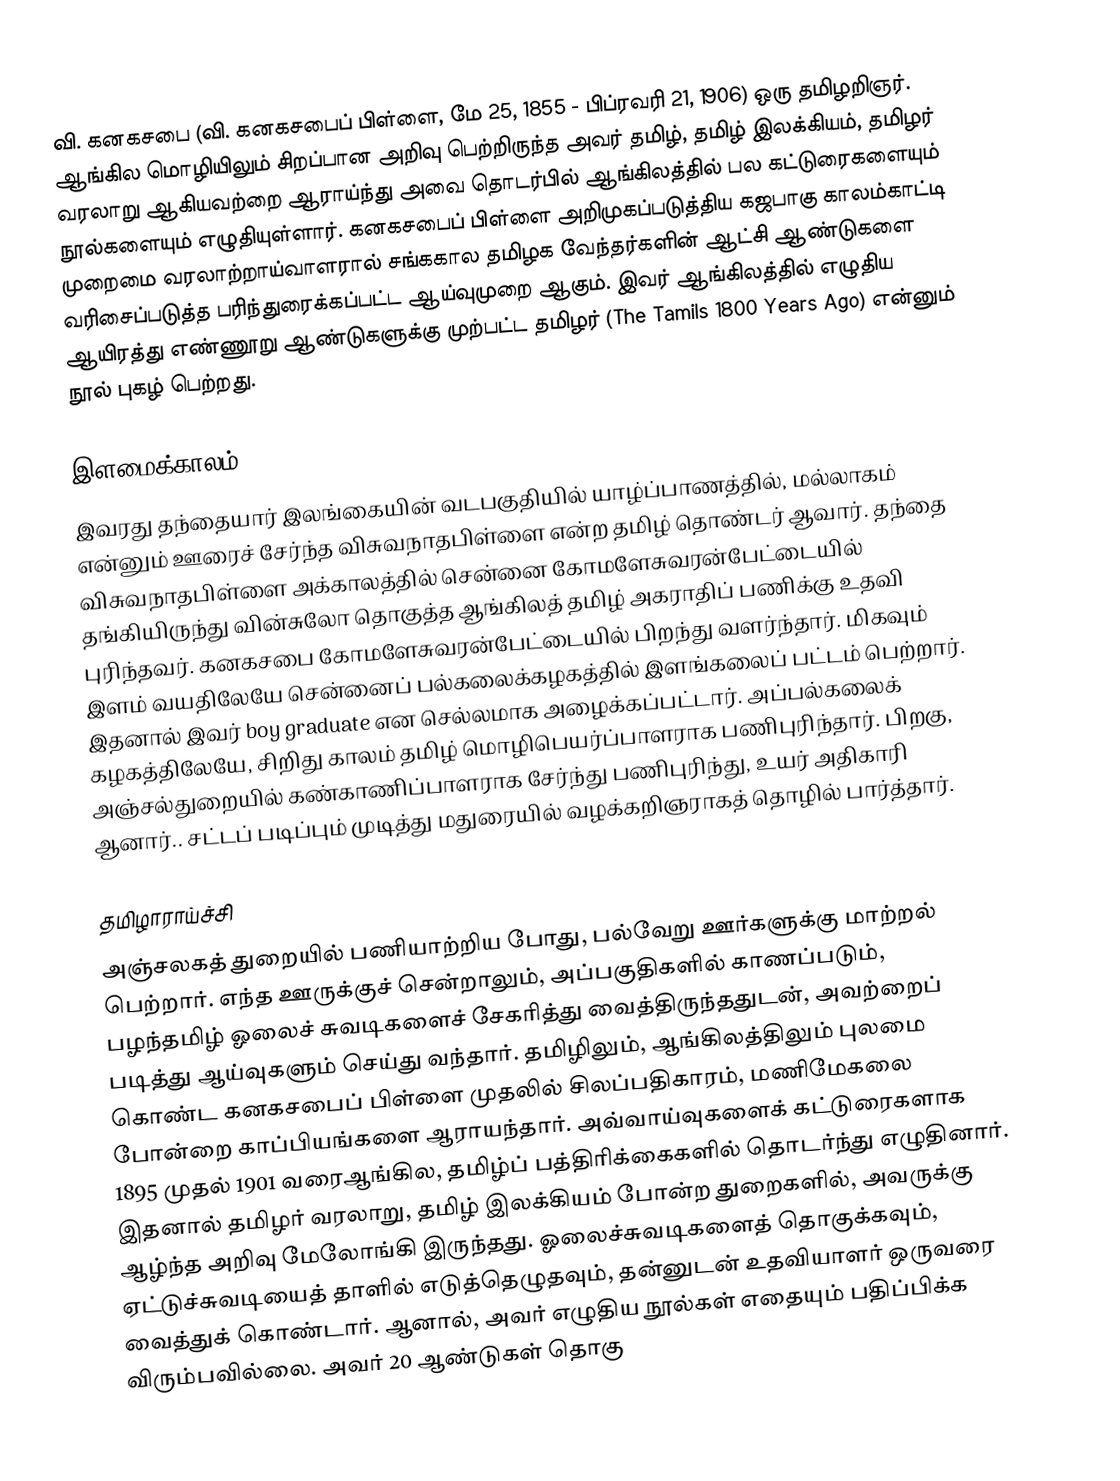
வி. கனகசபை (வி. கனகசபைப் பிள்ளை, மே 25, 1855 - பிப்ரவரி 21, 1906) ஒரு தமிழறிஞர். ஆங்கில மொழியிலும் சிறப்பான அறிவு பெற்றிருந்த அவர் தமிழ், தமிழ் இலக்கியம், தமிழர் வரலாறு ஆகியவற்றை ஆராய்ந்து அவை தொடர்பில் ஆங்கிலத்தில் பல கட்டுரைகளையும் நூல்களையும் எழுதியுள்ளார். கனகசபைப் பிள்ளை அறிமுகப்படுத்திய கஜபாகு காலம்காட்டி முறைமை வரலாற்றாய்வாளரால் சங்ககால தமிழக வேந்தர்களின் ஆட்சி ஆண்டுகளை வரிசைப்படுத்த பரிந்துரைக்கப்பட்ட ஆய்வுமுறை ஆகும். இவர் ஆங்கிலத்தில் எழுதிய ஆயிரத்து எண்ணூறு ஆண்டுகளுக்கு முற்பட்ட தமிழர் (The Tamils 1800 Years Ago) என்னும் நூல் புகழ் பெற்றது.

இளமைக்காலம்
இவரது தந்தையார் இலங்கையின் வடபகுதியில் யாழ்ப்பாணத்தில், மல்லாகம் என்னும் ஊரைச் சேர்ந்த விசுவநாதபிள்ளை என்ற தமிழ் தொண்டர் ஆவார். தந்தை விசுவநாதபிள்ளை அக்காலத்தில் சென்னை கோமளேசுவரன்பேட்டையில் தங்கியிருந்து வின்சுலோ தொகுத்த ஆங்கிலத் தமிழ் அகராதிப் பணிக்கு உதவி புரிந்தவர். கனகசபை கோமளேசுவரன்பேட்டையில் பிறந்து வளர்ந்தார். மிகவும் இளம் வயதிலேயே சென்னைப் பல்கலைக்கழகத்தில் இளங்கலைப் பட்டம் பெற்றார். இதனால் இவர் boy graduate என செல்லமாக அழைக்கப்பட்டார். அப்பல்கலைக் கழகத்திலேயே, சிறிது காலம் தமிழ் மொழிபெயர்ப்பாளராக பணிபுரிந்தார். பிறகு, அஞ்சல்துறையில் கண்காணிப்பாளராக சேர்ந்து பணிபுரிந்து, உயர் அதிகாரி ஆனார்..   சட்டப் படிப்பும் முடித்து மதுரையில் வழக்கறிஞராகத் தொழில் பார்த்தார்.

தமிழாராய்ச்சி
அஞ்சலகத் துறையில் பணியாற்றிய போது, பல்வேறு ஊர்களுக்கு மாற்றல் பெற்றார். எந்த ஊருக்குச் சென்றாலும், அப்பகுதிகளில் காணப்படும்,  பழந்தமிழ் ஓலைச் சுவடிகளைச் சேகரித்து வைத்திருந்ததுடன், அவற்றைப் படித்து ஆய்வுகளும் செய்து வந்தார். தமிழிலும், ஆங்கிலத்திலும் புலமை கொண்ட கனகசபைப் பிள்ளை முதலில் சிலப்பதிகாரம், மணிமேகலை போன்றை காப்பியங்களை ஆராயந்தார். அவ்வாய்வுகளைக் கட்டுரைகளாக 1895 முதல் 1901 வரைஆங்கில, தமிழ்ப் பத்திரிக்கைகளில் தொடர்ந்து எழுதினார். இதனால் தமிழர் வரலாறு, தமிழ் இலக்கியம் போன்ற துறைகளில், அவருக்கு ஆழ்ந்த அறிவு மேலோங்கி இருந்தது. ஓலைச்சுவடிகளைத் தொகுக்கவும், ஏட்டுச்சுவடியைத் தாளில் எடுத்தெழுதவும், தன்னுடன் உதவியாளர் ஒருவரை வைத்துக் கொண்டார். ஆனால், அவர் எழுதிய நூல்கள் எதையும் பதிப்பிக்க விரும்பவில்லை.  அவர் 20 ஆண்டுகள் தொகு